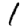
Digit: 1